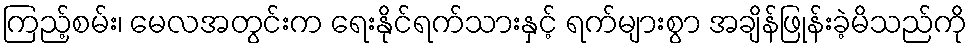
ကြည့်စမ်း၊ မေလအတွင်းက ရေးနိုင်ရက်သားနှင့် ရက်များစွာ အချိန်ဖြုန်းခဲ့မိသည်ကို